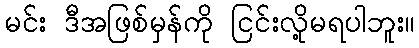
မင်း ဒီအဖြစ်မှန်ကို ငြင်းလို့မရပါဘူး။